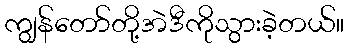
ကျွန်တော်တို့အဲဒီကိုသွားခဲ့တယ်။